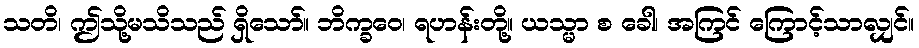
သတိ၊ ဤသို့မသိသည် ရှိသော်။ ဘိက္ခဝေ၊ ရဟန်းတို့။ ယသ္မာ စ ခေါ၊ အကြင် ကြောင့်သာလျှင်။